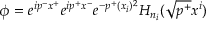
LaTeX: \phi = e ^ { i p ^ { - } x ^ { + } } e ^ { i p ^ { + } x ^ { - } } e ^ { - p ^ { + } ( x _ { i } ) ^ { 2 } } H _ { n _ { i } } ( \sqrt { p ^ { + } } x ^ { i } )